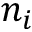
n _ { i }